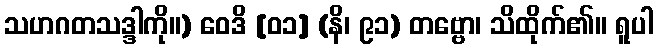
သဟဂတသဒ္ဒါကို။) ဝေဒိ [၀၁] (နိ၊ ၉၁) တဗ္ဗော၊ သိထိုက်၏။ ရူပါ